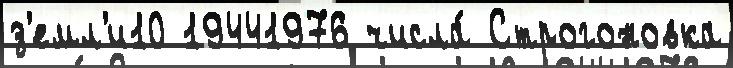
з'емл'и10 19441976 числа́ Строгоновка